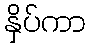
နှိပ်ကာ